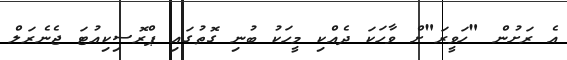
އެ ރަށުން "ހަވީރަ"ށް ވާހަކަ ދެއްކި މީހަކު ބުނި ގޮތުގައި ޕްރޮސިކިއުޓަ ޖެނެރަލް